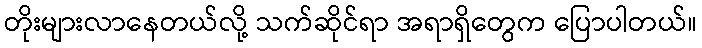
တိုးများလာနေတယ်လို့ သက်ဆိုင်ရာ အရာရှိတွေက ပြောပါတယ်။